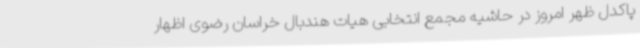
پاکدل ظهر امروز در حاشیه مجمع انتخابی هیات هندبال خراسان رضوی اظهار